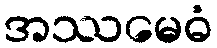
အဿမေဓံ